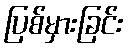
ပြစ်မှားခြင်း